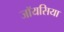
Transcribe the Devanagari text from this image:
जॉयसिया